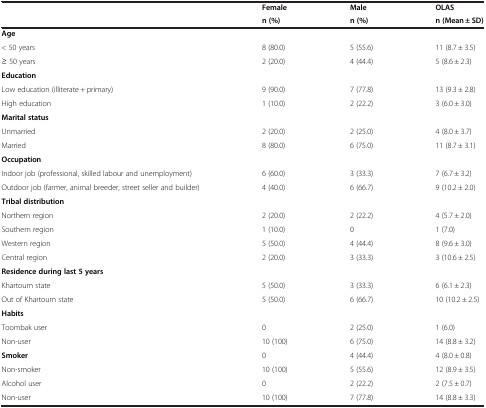
<table><thead><tr><td><b> </b></td><td><b>Female</b></td><td><b>Male</b></td><td><b>OLAS</b></td></tr><tr><td><b> </b></td><td><b>n (%)</b></td><td><b>n (%)</b></td><td><b>n (Mean ± SD)</b></td></tr></thead><tbody><tr><td><b>Age</b></td><td> </td><td> </td><td> </td></tr><tr><td>&lt; 50 years</td><td>8 (80.0)</td><td>5 (55.6)</td><td>11 (8.7 ± 3.5)</td></tr><tr><td>≥ 50 years</td><td>2 (20.0)</td><td>4 (44.4)</td><td>5 (8.6 ± 2.3)</td></tr><tr><td><b>Education</b></td><td> </td><td> </td><td> </td></tr><tr><td>Low education (illiterate + primary)</td><td>9 (90.0)</td><td>7 (77.8)</td><td>13 (9.3 ± 2.8)</td></tr><tr><td>High education</td><td>1 (10.0)</td><td>2 (22.2)</td><td>3 (6.0 ± 3.0)</td></tr><tr><td><b>Marital status</b></td><td> </td><td> </td><td> </td></tr><tr><td>Unmarried</td><td>2 (20.0)</td><td>2 (25.0)</td><td>4 (8.0 ± 3.7)</td></tr><tr><td>Married</td><td>8 (80.0)</td><td>6 (75.0)</td><td>11 (8.7 ± 3.1)</td></tr><tr><td><b>Occupation</b></td><td> </td><td> </td><td> </td></tr><tr><td>Indoor job (professional, skilled labour and unemployment)</td><td>6 (60.0)</td><td>3 (33.3)</td><td>7 (6.7 ± 3.2)</td></tr><tr><td>Outdoor job (farmer, animal breeder, street seller and builder)</td><td>4 (40.0)</td><td>6 (66.7)</td><td>9 (10.2 ± 2.0)</td></tr><tr><td><b>Tribal distribution</b></td><td> </td><td> </td><td> </td></tr><tr><td>Northern region</td><td>2 (20.0)</td><td>2 (22.2)</td><td>4 (5.7 ± 2.0)</td></tr><tr><td>Southern region</td><td>1 (10.0)</td><td>0</td><td>1 (7.0)</td></tr><tr><td>Western region</td><td>5 (50.0)</td><td>4 (44.4)</td><td>8 (9.6 ± 3.0)</td></tr><tr><td>Central region</td><td>2 (20.0)</td><td>3 (33.3)</td><td>3 (10.6 ± 2.5)</td></tr><tr><td><b>Residence during last 5 years</b></td><td> </td><td> </td><td> </td></tr><tr><td>Khartoum state</td><td>5 (50.0)</td><td>3 (33.3)</td><td>6 (6.1 ± 2.3)</td></tr><tr><td>Out of Khartoum state</td><td>5 (50.0)</td><td>6 (66.7)</td><td>10 (10.2 ± 2.5)</td></tr><tr><td><b>Habits</b></td><td> </td><td> </td><td> </td></tr><tr><td>Toombak user</td><td>0</td><td>2 (25.0)</td><td>1 (6.0)</td></tr><tr><td>Non-user</td><td>10 (100)</td><td>6 (75.0)</td><td>14 (8.8 ± 3.2)</td></tr><tr><td><b>Smoker</b></td><td>0</td><td>4 (44.4)</td><td>4 (8.0 ± 0.8)</td></tr><tr><td>Non-smoker</td><td>10 (100)</td><td>5 (55.6)</td><td>12 (8.9 ± 3.5)</td></tr><tr><td>Alcohol user</td><td>0</td><td>2 (22.2)</td><td>2 (7.5 ± 0.7)</td></tr><tr><td>Non-user</td><td>10 (100)</td><td>7 (77.8)</td><td>14 (8.8 ± 3.3)</td></tr></tbody></table>